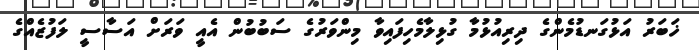
ޚަބަރު އަޅުގަނޑުމެންގެ ދިރިއުޅުމާ ގުޅިލާމެހިފައިވާ މިންވަރުގެ ސަބުބުން އެއީ ވަރަށް އަސާސީ ލަފުޒެއްގެ